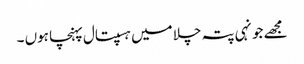
مجھے جونہی پتہ چلا میں ہسپتال پہنچا ہوں ۔